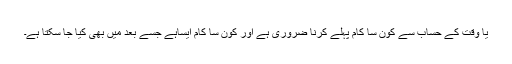
یا وقت کے حساب سے کون سا کام پہلے کرنا ضروری ہے اور کون سا کام ایساہے جسے بعد میں بھی کیا جا سکتا ہے۔